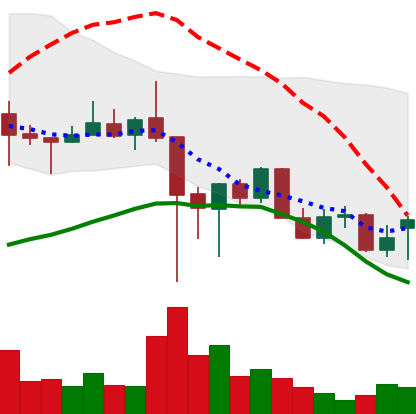
Ticker: XLM-USD
Chart end date: 2021-12-15
Forward return: -5.594%
Label: down_5_7